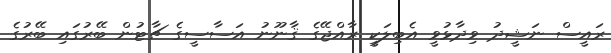
ރައީސް ނަޝީދު ވިދާޅުވީ އެބިލަކީ ރާއްޖޭގެ ޤާނޫނު އަސާސީގެ ޗާޓުން ބޭރުގައި ބޭރުގެ